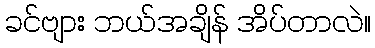
ခင်ဗျား ဘယ်အချိန် အိပ်တာလဲ။